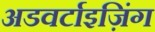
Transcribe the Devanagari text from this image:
अडवर्टाइज़िंग